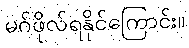
မဂ်ဖိုလ်ရနိုင်ကြောင်း။